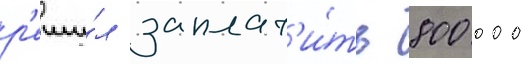
р'еши́л заплат'и́ть 800 000